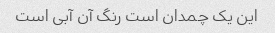
این یک چمدان است رنگ آن آبی است